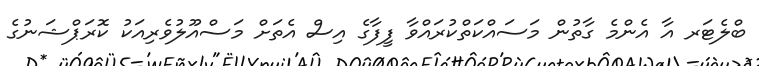
ބްލެޓަރ އާ އެންމެ ގާތުން މަސައްކަތްކުރައްވާ ފީފާގެ އިސް އެތަށް މަސްއޫލުވެރިއަކު ކޮރަޕްޝަނުގެ